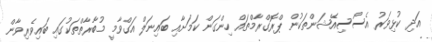
އަދި ކުޅިވަރު އެސޯސިއޭޝަންތަކުން ޕްރޮގްރާމްތައް ހިންގަން ކަމަށާއި ބައިނަލް އަގްވާމީ މުބާރާތްތަކުގައި ބައިވެރިވާން